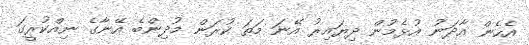
އެހެން އާދަނު އުޅެމުން ދިޔައިރު އޭނަ މަތަ ކުރަން މުދިންބެ އޭނާގެ ނިއްކުރީގަ